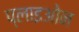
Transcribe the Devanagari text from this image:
प्लाइओन